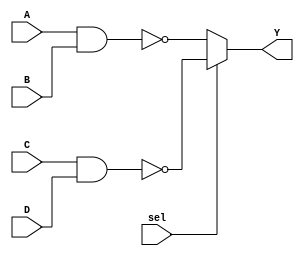
`timescale 10ns/1ns
module comb_str2(Y,sel,A,B,C,D);
  output reg Y;
  input sel,A,B,C,D;
  wire E,F;
  
  nand n1(E,A,B);
  nand n2(F,C,D);
  
  always @(sel or E or F)
  if(!sel) Y=E;
  else Y=F;
  endmodule